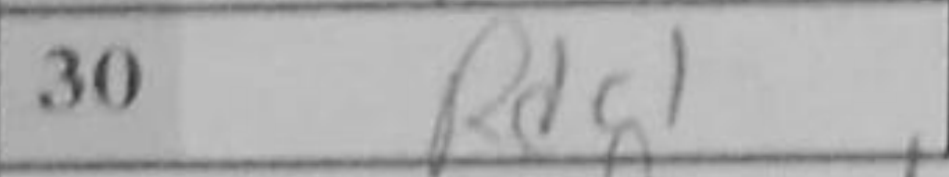
Transcription: Rdg1